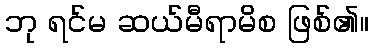
ဘု ရင်မ ဆယ်မီရာမိစ ဖြစ်၏။